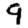
Digit: 9